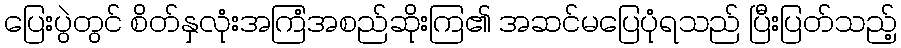
ပြေးပွဲတွင် စိတ်နှလုံးအကြံအစည်ဆိုးကြ၏ အဆင်မပြေပုံရသည် ပြီးပြတ်သည့်